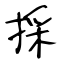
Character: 採